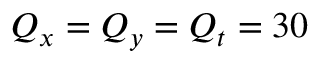
Q _ { x } = Q _ { y } = Q _ { t } = 3 0